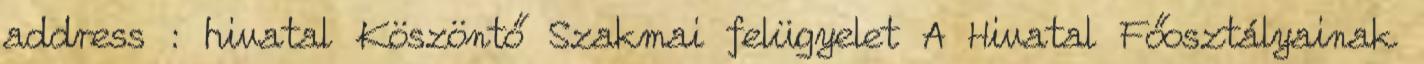
address : hivatal Köszöntő Szakmai felügyelet A Hivatal Főosztályainak